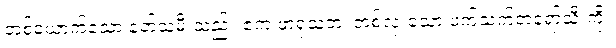
တစ်ယောက်သော နတ်သမီးသည်။ ဧကံ ဖာရုသတံ၊ တစ်လုံးသော ဖက်သက်တရော်သီးကို။